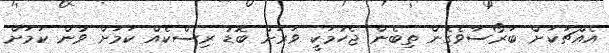
އެއްޗަކަށް ބަރޯސާވެގެން ތިބެން ޖެހުމަކީ ވަރަށް ބޮޑު ރިސްކެއް ކަމަށް ވުން ކަމަށް